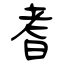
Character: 耆